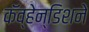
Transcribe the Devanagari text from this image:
कॅव्हेन्डिशने